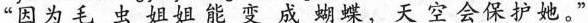
“因为毛虫姐姐能变成蝴蝶，天空会保护她。”